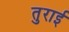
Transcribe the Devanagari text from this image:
तुराई